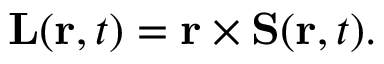
\mathbf { L } ( \mathbf { r } , t ) = \mathbf { r } \times \mathbf { S } ( \mathbf { r } , t ) .